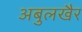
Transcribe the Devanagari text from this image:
अबुलखैर